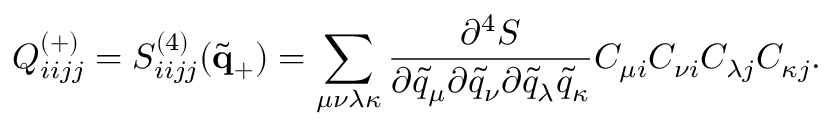
Q _ { i i j j } ^ { ( + ) } = S _ { i i j j } ^ { ( 4 ) } ( \tilde { \bf { q } } _ { + } ) = \sum _ { \mu \nu \lambda \kappa } \frac { \partial ^ { 4 } S } { \partial \tilde { q } _ { \mu } \partial \tilde { q } _ { \nu } \partial \tilde { q } _ { \lambda } \tilde { q } _ { \kappa } } C _ { \mu i } C _ { \nu i } C _ { \lambda j } C _ { \kappa j } .